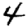
Digit: 4